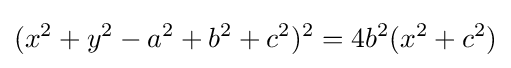
(x^{2}+y^{2}-a^{2}+b^{2}+c^{2})^{2}=4b^{2}(x^{2}+c^{2})